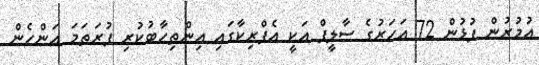
އުމުރުން ފުޅުން 72 އަހަރުގެ ސާލީފް އަކީ އެފްރިކާގައި އިންތިހާބުކުރި ފުރަތަމަ އަންހެން